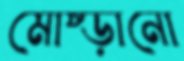
মোষ্‌ড়ানো